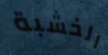
الخشبة